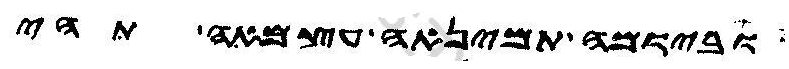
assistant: וביומה תמינאה עצמאה תהי